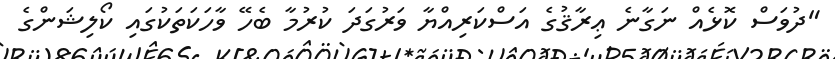
"ދުވަސް ކޮޅެއް ނަގާނެ ޢިރާޤުގެ އަސްކަރިއްޔާ ވަރުގަދަ ކުރުމާ ބެހޭ ވާހަކަތަކުގައި ކޯލިޝަންގެ